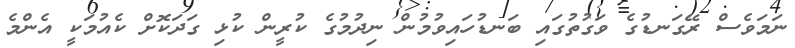
ނަމަވެސް ރޭގަނޑުގެ ވަގުތުގައި ބަނޑުހައިވުމުން ނިދުމުގެ ކުރީން ކުޅި ގަދަކޮށް ކެއުމަކީ އެންމެ